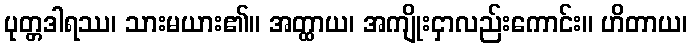
ပုတ္တဒါရဿ၊ သားမယား၏။ အတ္ထာယ၊ အကျိုးငှာလည်းကောင်း။ ဟိတာယ၊